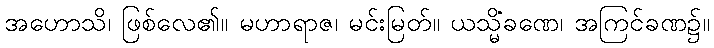
အဟောသိ၊ ဖြစ်လေ၏။ မဟာရာဇ၊ မင်းမြတ်။ ယသ္မိံခဏေ၊ အကြင်ခဏ၌။